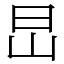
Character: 旵